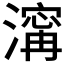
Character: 𣽹